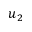
u _ { 2 }